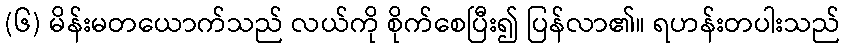
(၆) မိန်းမတယောက်သည် လယ်ကို စိုက်စေပြီး၍ ပြန်လာ၏။ ရဟန်းတပါးသည်